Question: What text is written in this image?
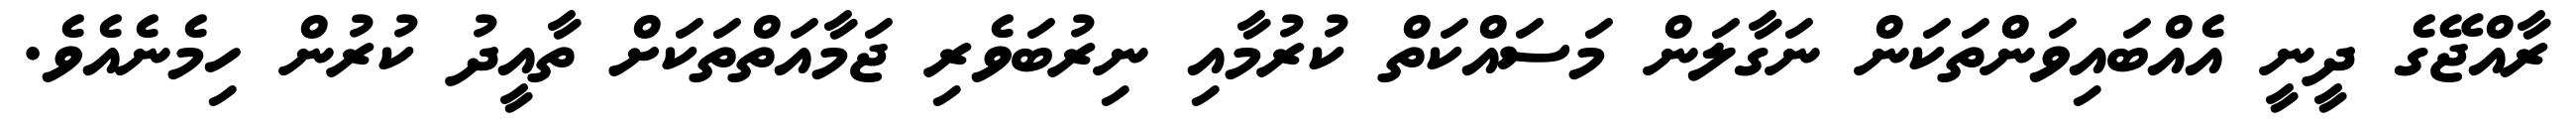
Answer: ރާއްޖޭގެ ދީނީ އެއްބައިވަންތަކަން ނަގާލަން މަސައްކަތް ކުރުމާއި ނިރުބަވެރި ޖަމާއަތްތަކަށް ތާއީދު ކުރުން ހިމެނެއެވެ.